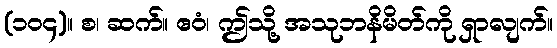
(၁၀၄)။ စ၊ ဆက်။ ဧဝံ၊ ဤသို့ အသုဘနိမိတ်ကို ရှာလျက်။